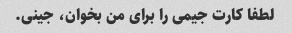
لطفا کارت جیمی را برای من بخوان، جینی.